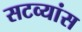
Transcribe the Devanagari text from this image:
सटव्यांस